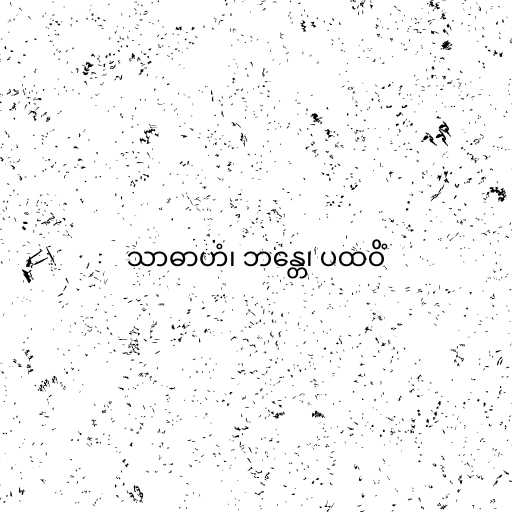
သာဓာဟံ၊ ဘန္တေ၊ ပထဝိံ